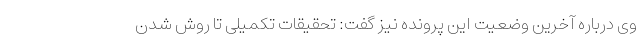
وی درباره آخرین وضعیت این پرونده نیز گفت: تحقیقات تکمیلی تا روش شدن